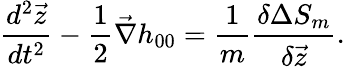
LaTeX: \frac{d^{2}{\vec{z}}}{dt^{2}}-\frac{1}{2}{\vec{\nabla}}h_{00}=\frac{1}{m}\frac{\delta\Delta S_{m}}{\delta{\vec{z}}}.